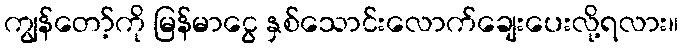
ကျွန်တော့်ကို မြန်မာငွေ နှစ်သောင်းလောက်ချေးပေးလို့ရလား။